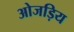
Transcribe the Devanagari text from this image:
ओजड़िय